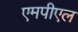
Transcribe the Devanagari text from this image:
एमपीएल